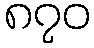
၈၇၀